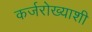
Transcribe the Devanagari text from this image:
कर्जरोख्याशी